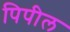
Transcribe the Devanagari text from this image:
पिपील